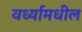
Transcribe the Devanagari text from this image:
वर्ध्यामधील